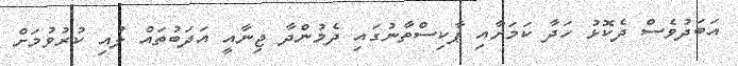
އަބަދުވެސް ދެކޮޅު ހަދާ ކަމަށާއި ޕާކިސްތާނުގައި ދެމުންދާ ޖިނާއީ އަދަބުތައް ލުއި ކުރުވުމަށް